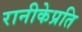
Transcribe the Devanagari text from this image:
रानीकेप्रति